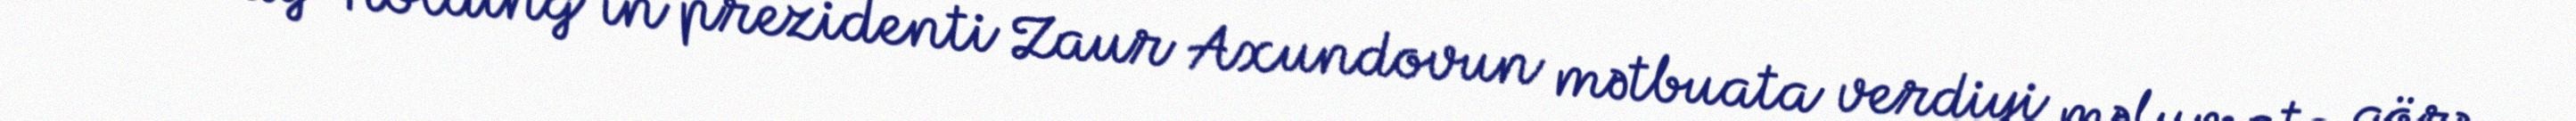
“Silk Way Holding”in prezidenti Zaur Axundovun mətbuata verdiyi məlumata görə,